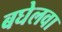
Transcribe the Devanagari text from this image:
बघेलवा